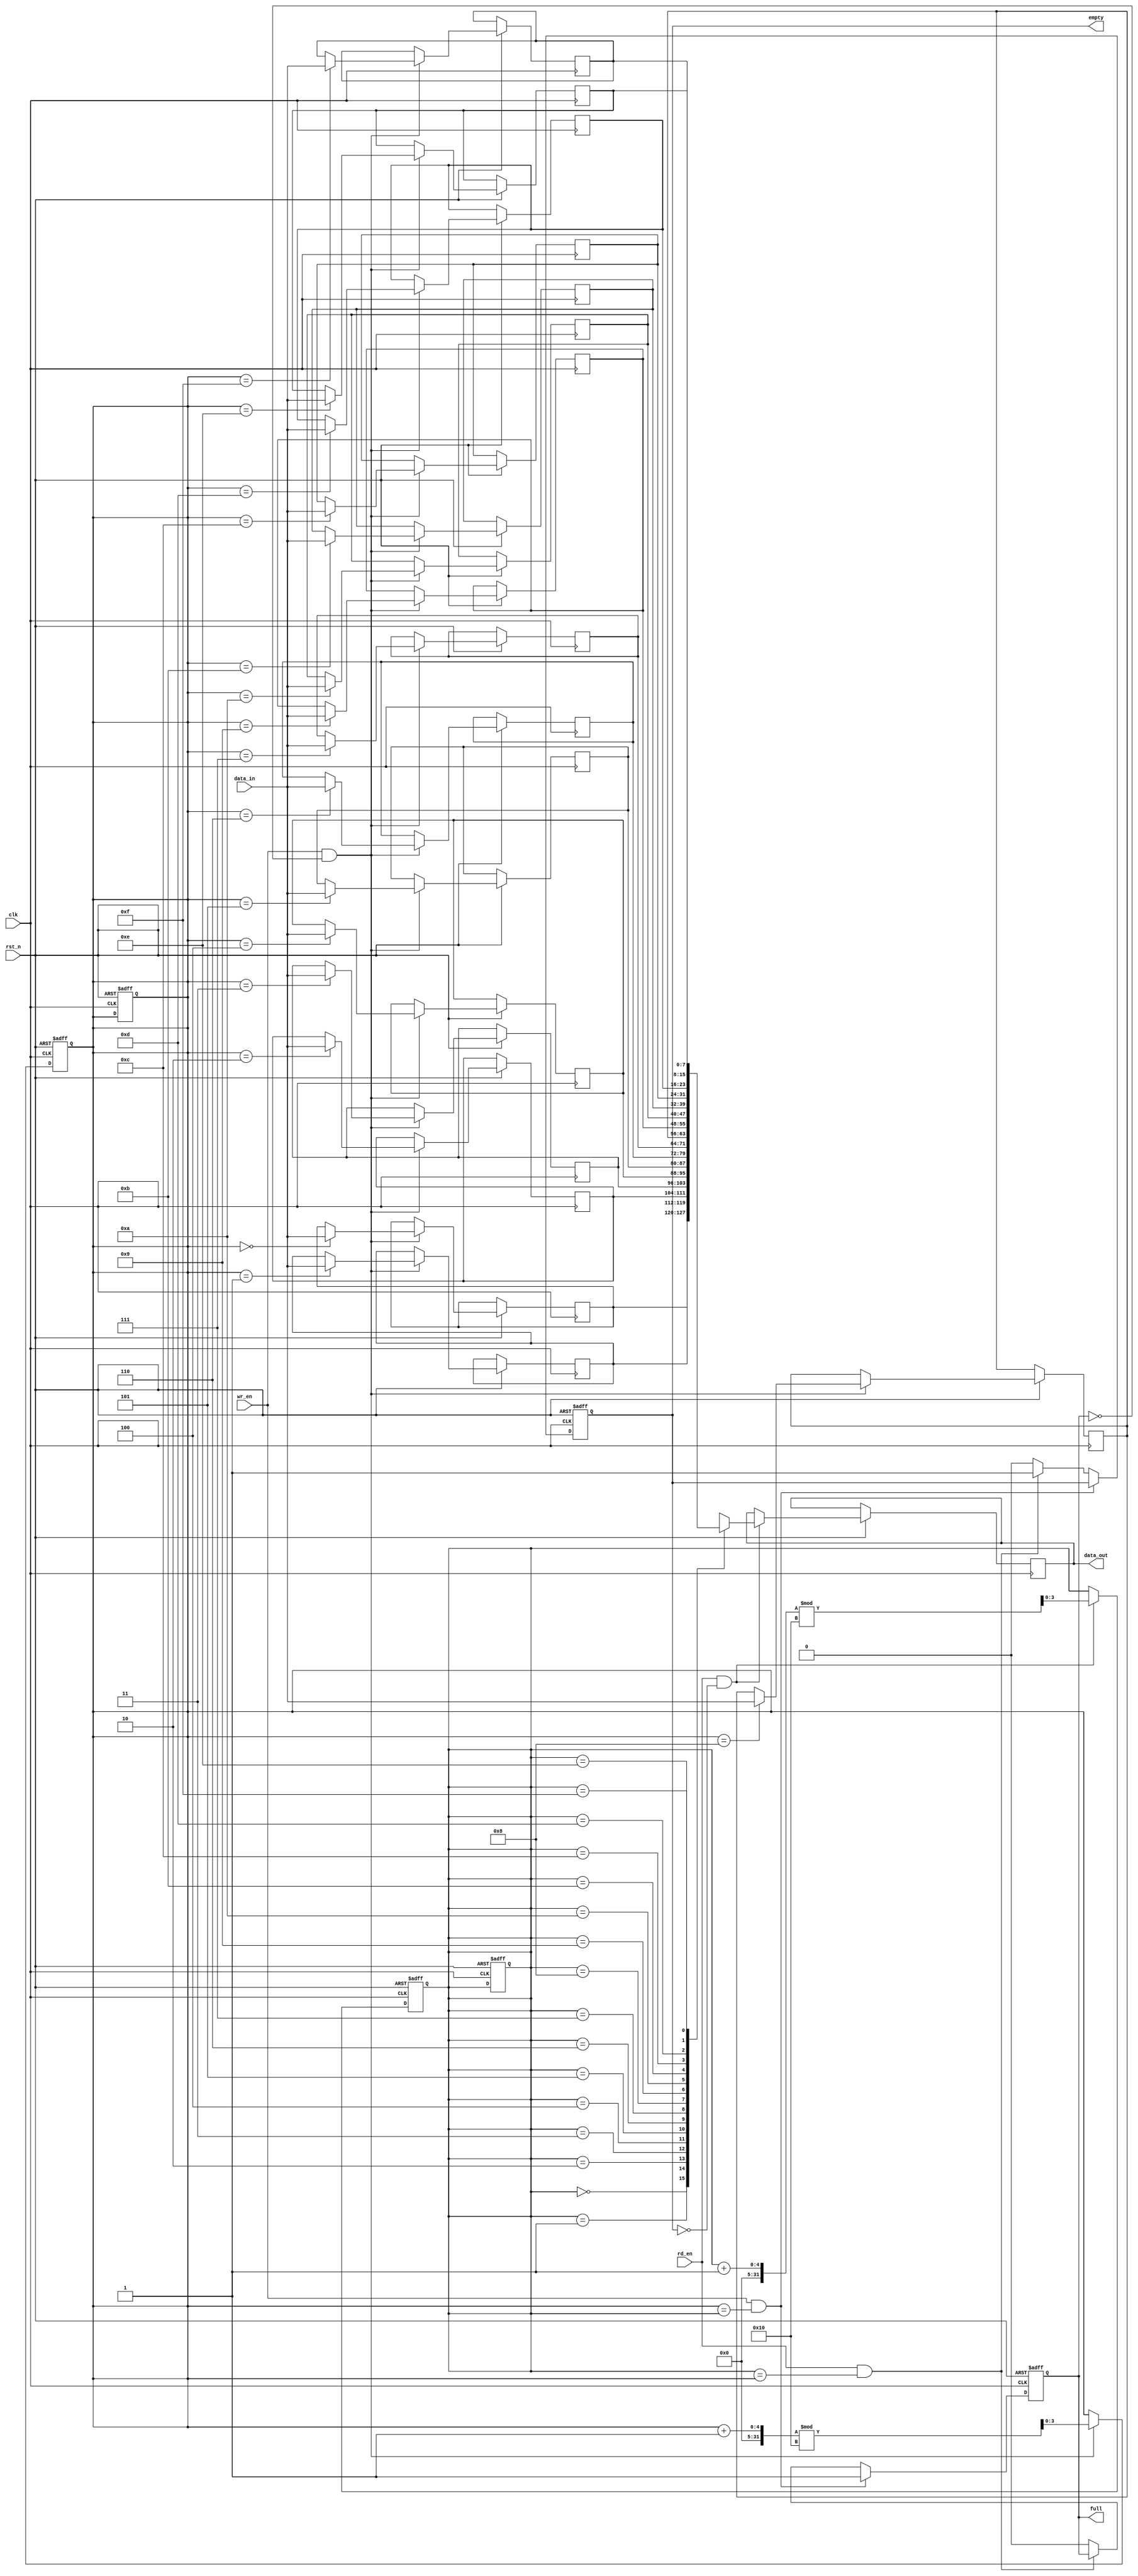
module gray_fifo (
    input clk,
    input rst_n,
    input wr_en,
    input rd_en,
    input [DATA_WIDTH-1:0] data_in,
    output reg [DATA_WIDTH-1:0] data_out,
    output reg full,
    output reg empty
);

parameter ADDR_WIDTH = 4;
parameter DATA_WIDTH = 8;
reg [DATA_WIDTH-1:0] mem [0:(2**ADDR_WIDTH)-1];
reg [ADDR_WIDTH-1:0] wr_ptr, rd_ptr, next_wr_ptr, next_rd_ptr;

always @ (posedge clk or negedge rst_n) begin
    if (~rst_n) begin
        wr_ptr <= 0;
        rd_ptr <= 0;
        next_wr_ptr <= 0;
        next_rd_ptr <= 0;
        full <= 0;
        empty <= 1;
    end else begin
        if (wr_en && ~full) begin
            mem[wr_ptr] <= data_in;
            next_wr_ptr <= (wr_ptr + 1) % (2**ADDR_WIDTH);
        end else begin
            next_wr_ptr <= wr_ptr;
        end
        
        if (rd_en && ~empty) begin
            data_out <= mem[rd_ptr];
            next_rd_ptr <= (rd_ptr + 1) % (2**ADDR_WIDTH);
        end else begin
            next_rd_ptr <= rd_ptr;
        end
        
        if (wr_en && next_wr_ptr == rd_ptr) begin
            full <= 1;
        end else if (rd_en && next_rd_ptr == wr_ptr) begin
            empty <= 1;
        end else begin
            full <= 0;
            empty <= 0;
        end
    end
end

always @* begin
    wr_ptr <= next_wr_ptr;
    rd_ptr <= next_rd_ptr;
end

endmodule